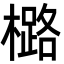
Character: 㯝